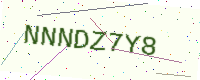
Text: NNNDZ7Y8